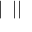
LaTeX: | \bigstar \bigstar | | \bigstar